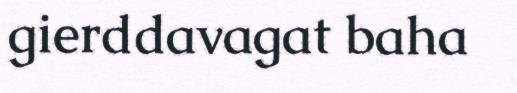
gierddavagat baha